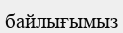
байлығымыз